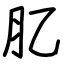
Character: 肊